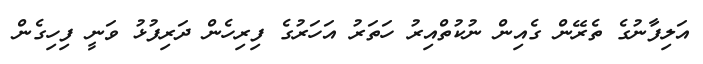
އަލިފާނުގެ ތެރޭން ގެއިން ނުކުތްއިރު ހަތަރު އަހަރުގެ ފިރިހެން ދަރިފުޅު ވަނީ ފިހިގެން